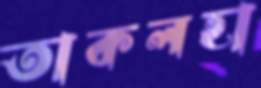
তাকলহা